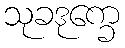
သုခဒုက္ခေ